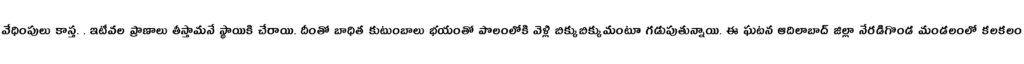
వేధింపులు కాస్త. . ఇటీవల ప్రాణాలు తీస్తామనే స్థాయికి చేరాయి. దీంతో బాధిత కుటుంబాలు భయంతో పొలంలోకి వెళ్లి బిక్కుబిక్కుమంటూ గడుపుతున్నాయి. ఈ ఘటన ఆదిలాబాద్ జిల్లా నేరడిగొండ మండలంలో కలకలం